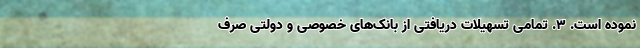
نموده است. ٣. تمامی تسهیلات دریافتی از بانک‌های خصوصی و دولتی صرف